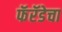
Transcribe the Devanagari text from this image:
फॅरॅडेचा